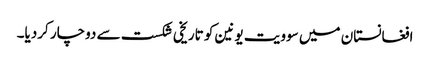
افغانستان میں سوویت یونین کو تاریخی شکست سے دوچار کردیا۔